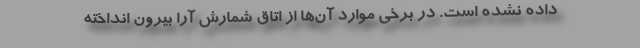
داده نشده است. در برخی موارد آن‌ها از اتاق شمارش آرا بیرون انداخته